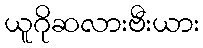
ယူဂိုဆလားဗီးယား